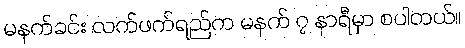
မနက်ခင်း လက်ဖက်ရည်က မနက် ၇ နာရီမှာ စပါတယ်။